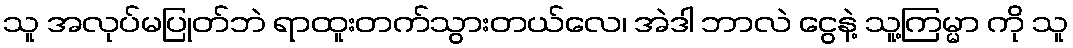
သူ အလုပ်မပြုတ်ဘဲ ရာထူးတက်သွားတယ်လေ၊ အဲဒါ ဘာလဲ ငွေနဲ့ သူ့ကြမ္မာ ကို သူ